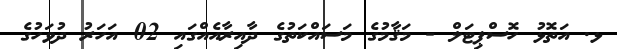
ޅ. އަތޮޅު ހޮސްޕިޓަލް - މަޤާމުގެ މަސައްކަތުގެ ދާއިރާއެއްގައި 02 އަހަރު ދުވަހުގެ